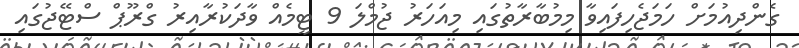
ގެންދިއުމަށް ހަމަޖެހިފައިވާ މިމުބާރާތުގައި މިއަހަރު ޖުމްލަ 9 ޓީމެއް ވާދަކުރާއިރު ގްރޫޕް ސްޓޭޖުގައި